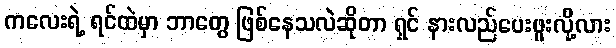
ကလေးရဲ့ ရင်ထဲမှာ ဘာတွေ ဖြစ်နေသလဲဆိုတာ ရှင် နားလည်ပေးဖူးလို့လား